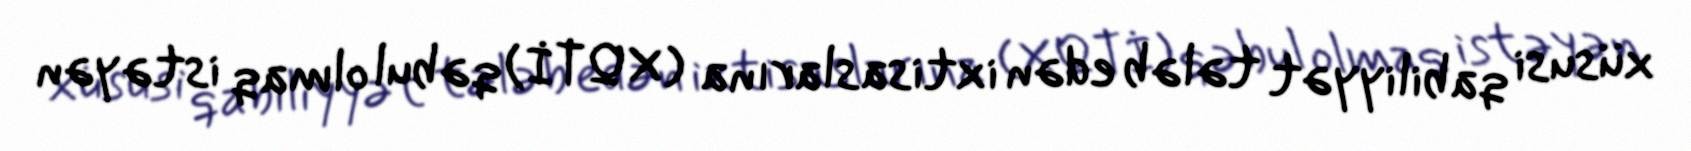
xüsusi qabiliyyət tələb edən ixtisaslarına (XQTİ) qəbul olmaq istəyən